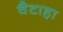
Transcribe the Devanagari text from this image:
वैटाहा